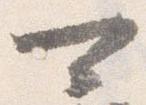
可